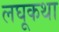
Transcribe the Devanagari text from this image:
लघूकथा